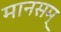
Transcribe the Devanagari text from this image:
मानसम्